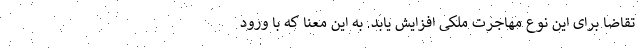
تقاضا برای این نوع مهاجرت ملکی افزایش یابد. به این معنا که با ورود